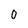
Character: 0